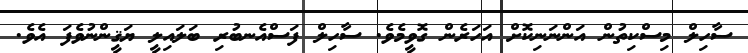
ސާހިލް މިސްކިތުން އަންނަނިކޮށް އަހަރެން ގޮވީމެވެ. ސާހިލް ފަސްއެނބުރި ބަލައިލީ ޔަޤީންނުވެފަ އެވެ.